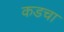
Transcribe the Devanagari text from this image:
कडचा